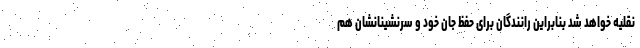
نقلیه خواهد شد بنابراین رانندگان برای حفظ جان خود و سرنشینانشان هم